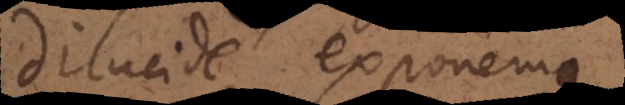
dilucide exponemus.